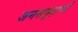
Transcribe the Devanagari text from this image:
जनसमूहाची